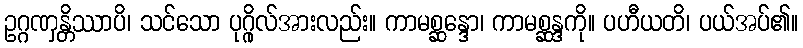
ဥဂ္ဂဏှန္တိဿာပိ၊ သင်သော ပုဂ္ဂိုလ်အားလည်း။ ကာမစ္ဆန္ဒော၊ ကာမစ္ဆန္ဒကို။ ပဟီယတိ၊ ပယ်အပ်၏။